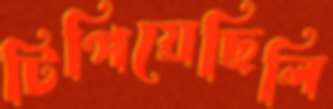
টিপিয়েছিলি